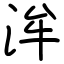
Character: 洠